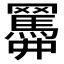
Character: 𦌹